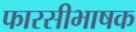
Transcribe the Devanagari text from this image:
फारसीभाषक